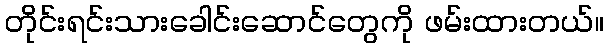
တိုင်းရင်းသားခေါင်းဆောင်တွေကို ဖမ်းထားတယ်။